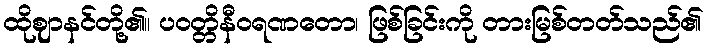
ထိုဈာနင်တို့၏။ ပဝတ္တိနီဝရဏတော၊ ဖြစ်ခြင်းကို တားမြစ်တတ်သည်၏